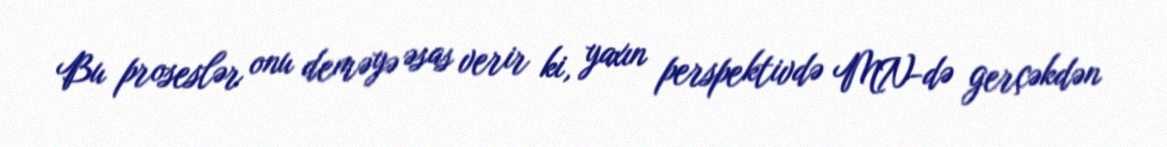
Bu proseslər onu deməyə əsas verir ki, yaxın perspektivdə MN-də gerçəkdən